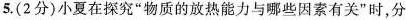
5.（2分）小夏在探究“物质的放热能力与哪些因素有关”时，分